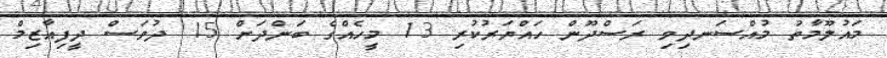
މައުލޫމާތު މުއްސަނދިވި ރަސްދޫން ހައްޔަރުކުރި 13 މީހެއްގެ ބަންދަށް 15 ދުވަސް ދީފިއާޒިމް